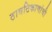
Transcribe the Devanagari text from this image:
ठावठिकाणांची